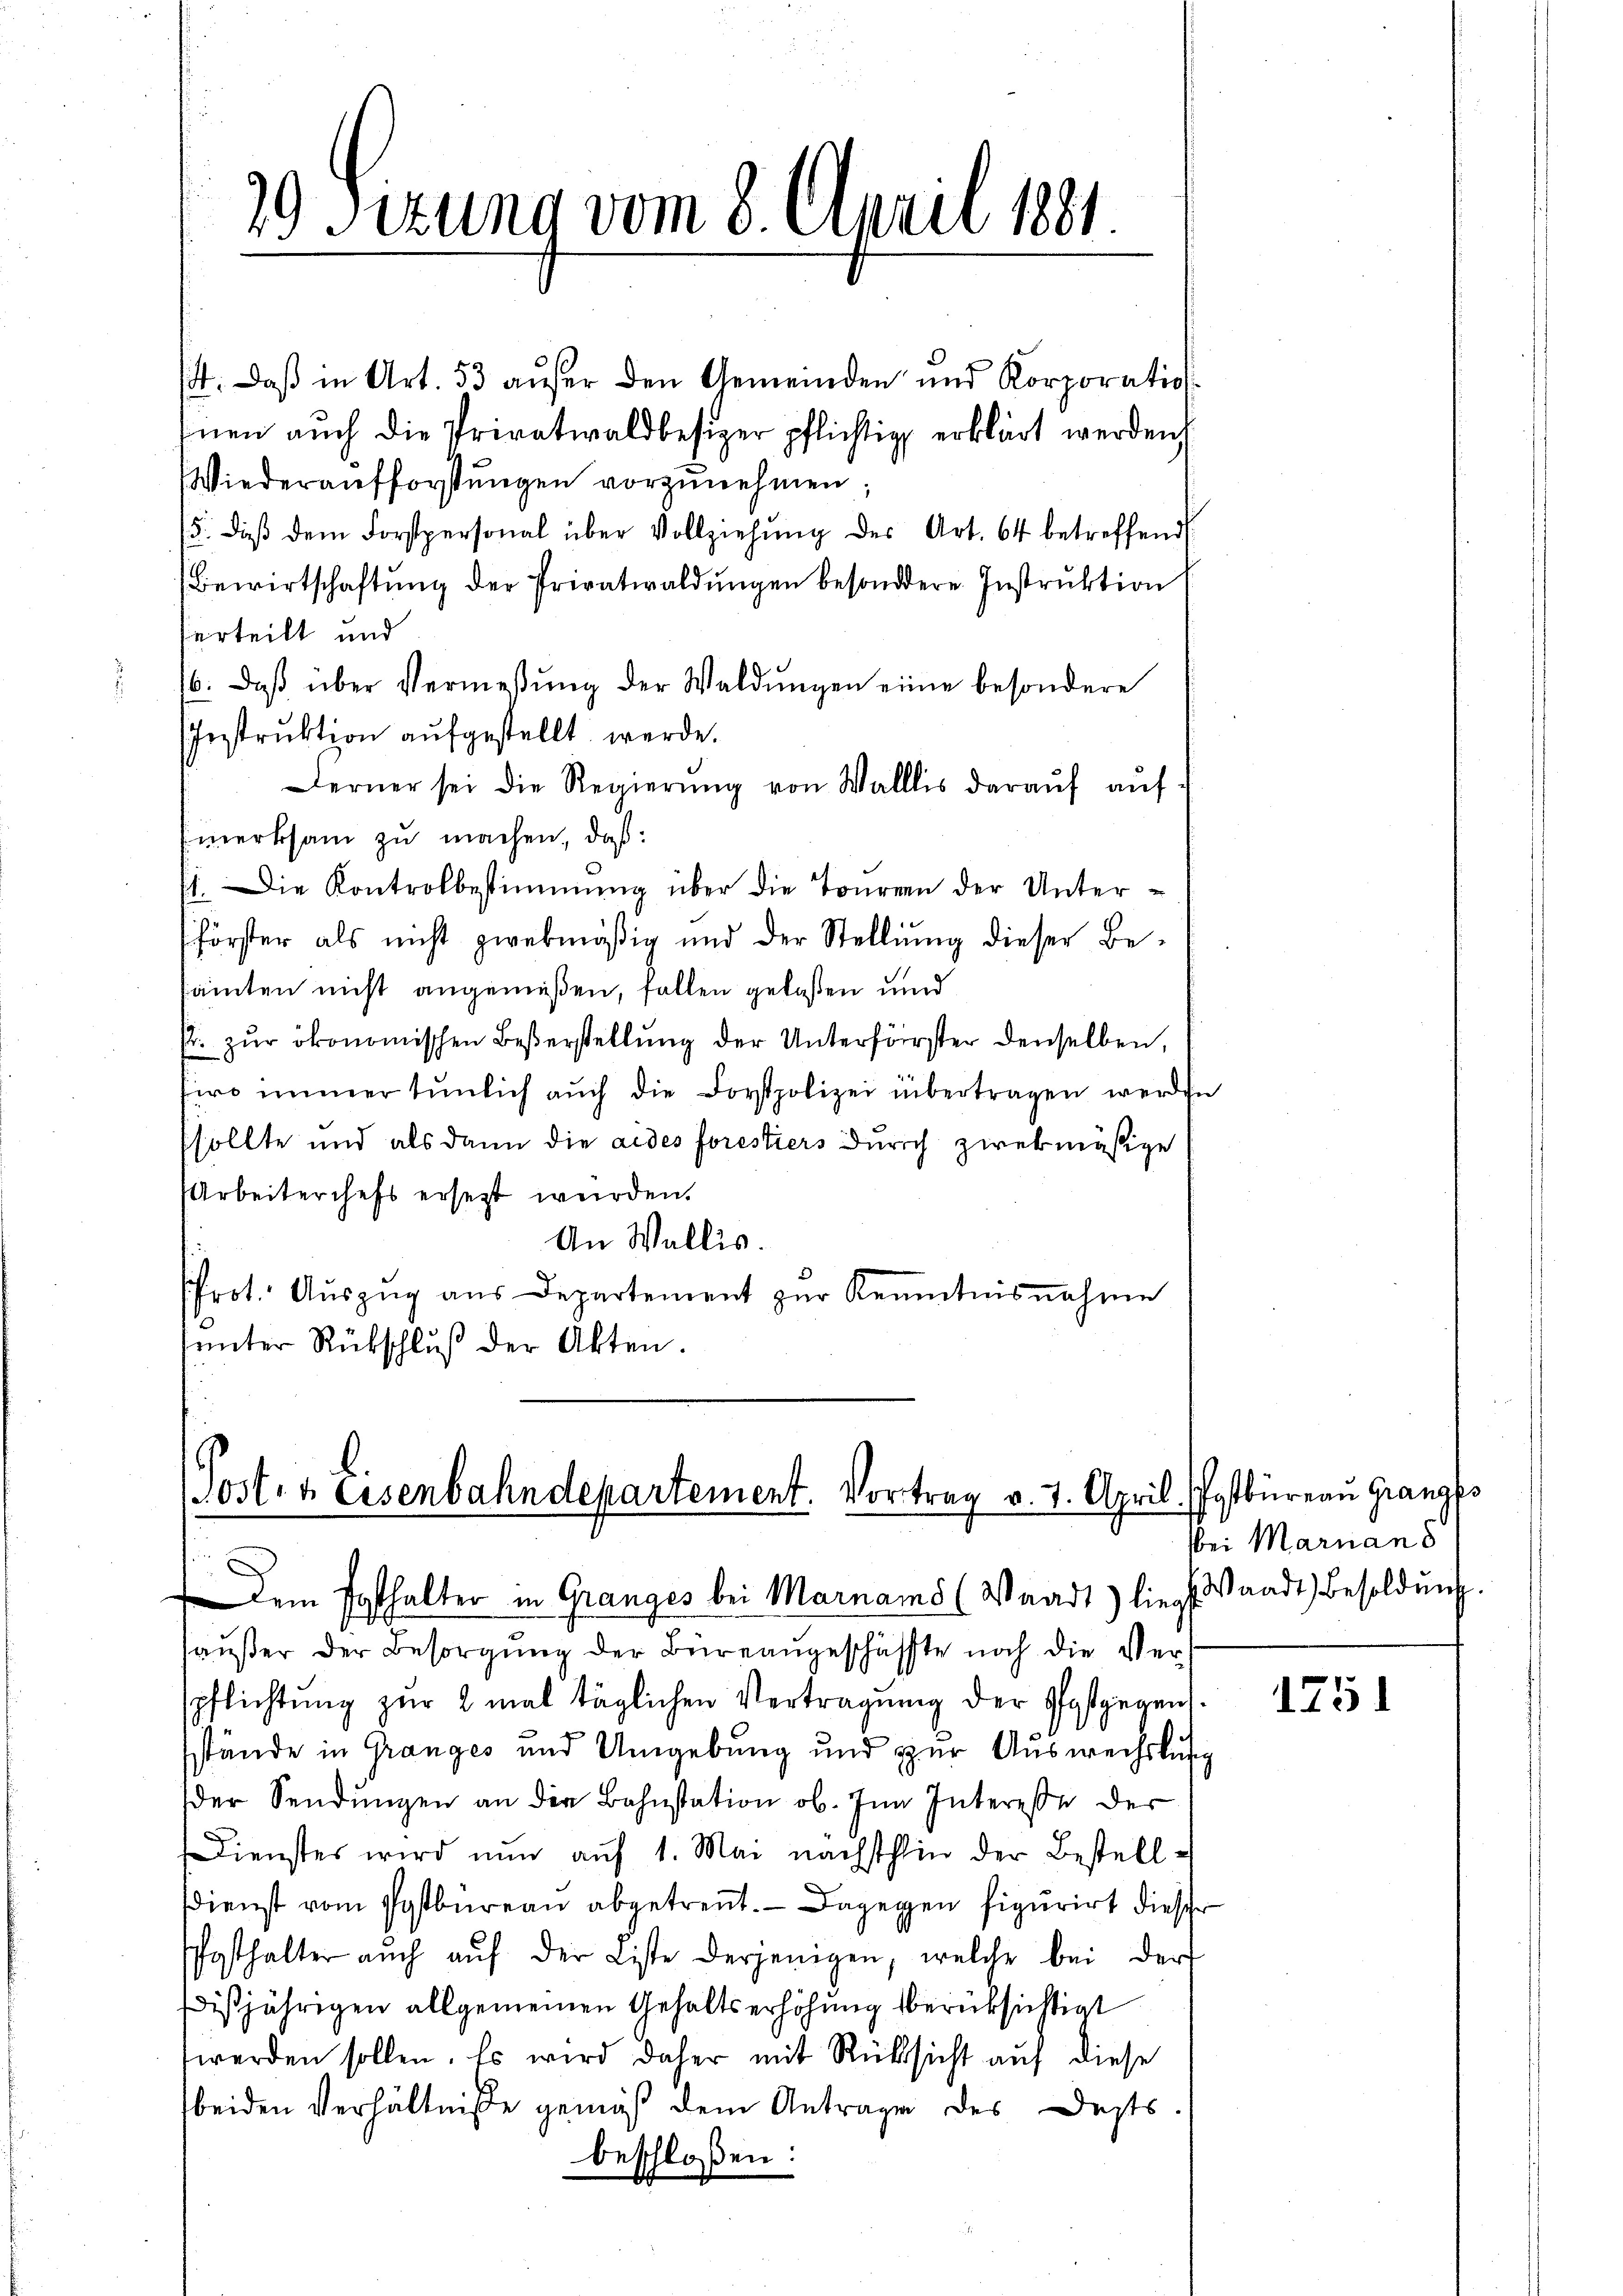
44. Daß in Art. 53 außer den Gemeinden und Korporation
Inen auch die Privatwaldbesizer pflichtig erklärt werden,
Wiederaufforstŭngen vorzŭnehmen;
/5. daß dem Forstpersonal über Vollziehung des Art. 64 betreffend
Bewirtschaftŭng der Privatwaldŭngen besondere Instrŭktion
herteilt und
16. daβ über Vermessung der Waldungen eine besondere
Instruktion aufgestellt werde.
Ferner sei die Regierŭng von Wallis daraŭf aŭf-
merksam zu machen, daß:
). Die Kontrolbestimmung über die Touren der Unterförster als nicht zwekmäßig und der Stellŭng dieser Be-
kämten nicht angemeßen, fallen gelassen und
s. zur ökonomischen Besserstellung der Unterförster denselben,
firo immer tŭnlich aŭch die Forstpolizei übertragen werden
(sollte und als dann die aides forestiers durch zwekmäßige
Arbeiterchefs ersetzt werden.
An Wallis.
Prot. Aŭszŭg aŭs Departement zŭr Kenntnisnahme
sunter Rückschluß der Akten.

29 Sirung vom 8. April 1881.

(Posten Eisenbahndepartement. Vortrag v. 1. April. Pastbüreaŭ Granges
 Dem Posthalter in Granges bei Marnams (Waadt) liegt Waadt Besoldung.

aŭβer der Besorgŭng der Büreaŭgeschäffte noch die Verspflichtung zŭr 2 mal täglichen Vertragung der Postgegen
sstände in Granges und Umgebung und zur Auswechslung
der Sendŭngen an die Bahnstation ob. In Interesse der
Dienstes wird nun auf 1. Mai nächsthin der Bestellsdienst vom Postbureau abgetrennt. Dagegen figurirt dieser
Pfosthalter auch aŭf der Liste derjenigen, welche bei der
dißjährigen allgemeinen Gehaltserhöhung berüksichtigt
werden sollen. Es wird daher mit Rücksicht auf diese
beiden Verhältniße gemäß dem Antrage des Depts.
beschloßen:

bei Marian S

1751